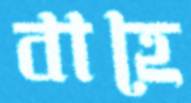
বাহে